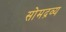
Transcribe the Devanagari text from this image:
सोमद्रव्य